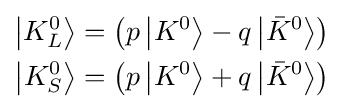
{\begin{aligned}\left|K_{L}^{0}\right\rangle &=\left(p\left|K^{0}\right\rangle -q\left|{\bar {K}}^{0}\right\rangle \right)\\\left|K_{S}^{0}\right\rangle &=\left(p\left|K^{0}\right\rangle +q\left|{\bar {K}}^{0}\right\rangle \right)\end{aligned}}